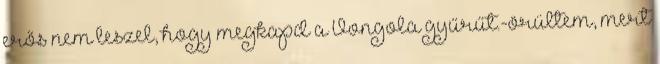
erős nem leszel, hogy megkapd a Vongola gyűrűt.-örültem, mert